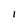
Character: 1